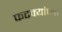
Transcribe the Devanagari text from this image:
फटक्यांच्या